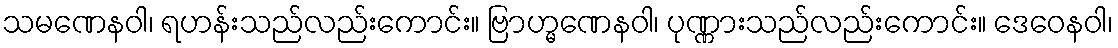
သမဏေနဝါ၊ ရဟန်းသည်လည်းကောင်း။ ဗြာဟ္မဏေနဝါ၊ ပုဏ္ဏားသည်လည်းကောင်း။ ဒေဝေနဝါ၊